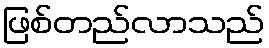
ဖြစ်တည်လာသည်